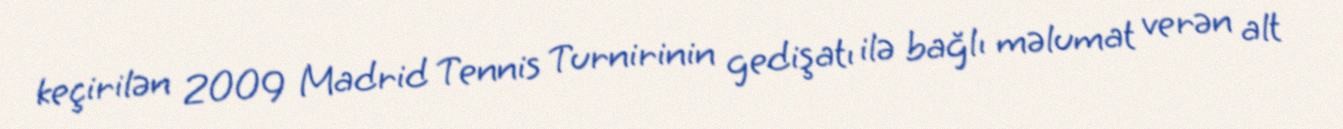
keçirilən 2009 Madrid Tennis Turnirinin gedişatı ilə bağlı məlumat verən alt